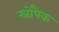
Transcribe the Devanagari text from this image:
स्नोपैक